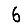
Digit: 6